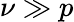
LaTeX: \nu\gg p